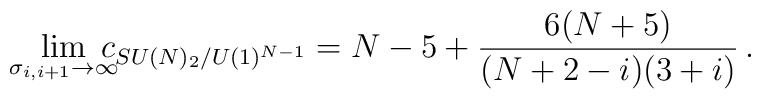
\lim\limits_{\sigma _{i,i+1}\rightarrow \infty}\!\!\!\!c_{SU(N)_{2}/U(1)^{N-1}}=N-5+\frac{6(N+5)}{(N+2-i)(3+i)}\,.